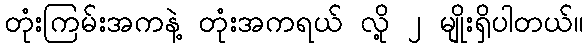
တုံးကြမ်းအကနဲ့ တုံးအကရယ် လို့ ၂ မျိုးရှိပါတယ်။